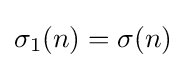
\sigma _{1}(n)=\sigma (n)